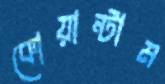
কোয়ান্টাম